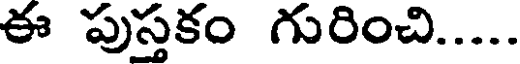
ఈ పుస్తకం గురించి.....